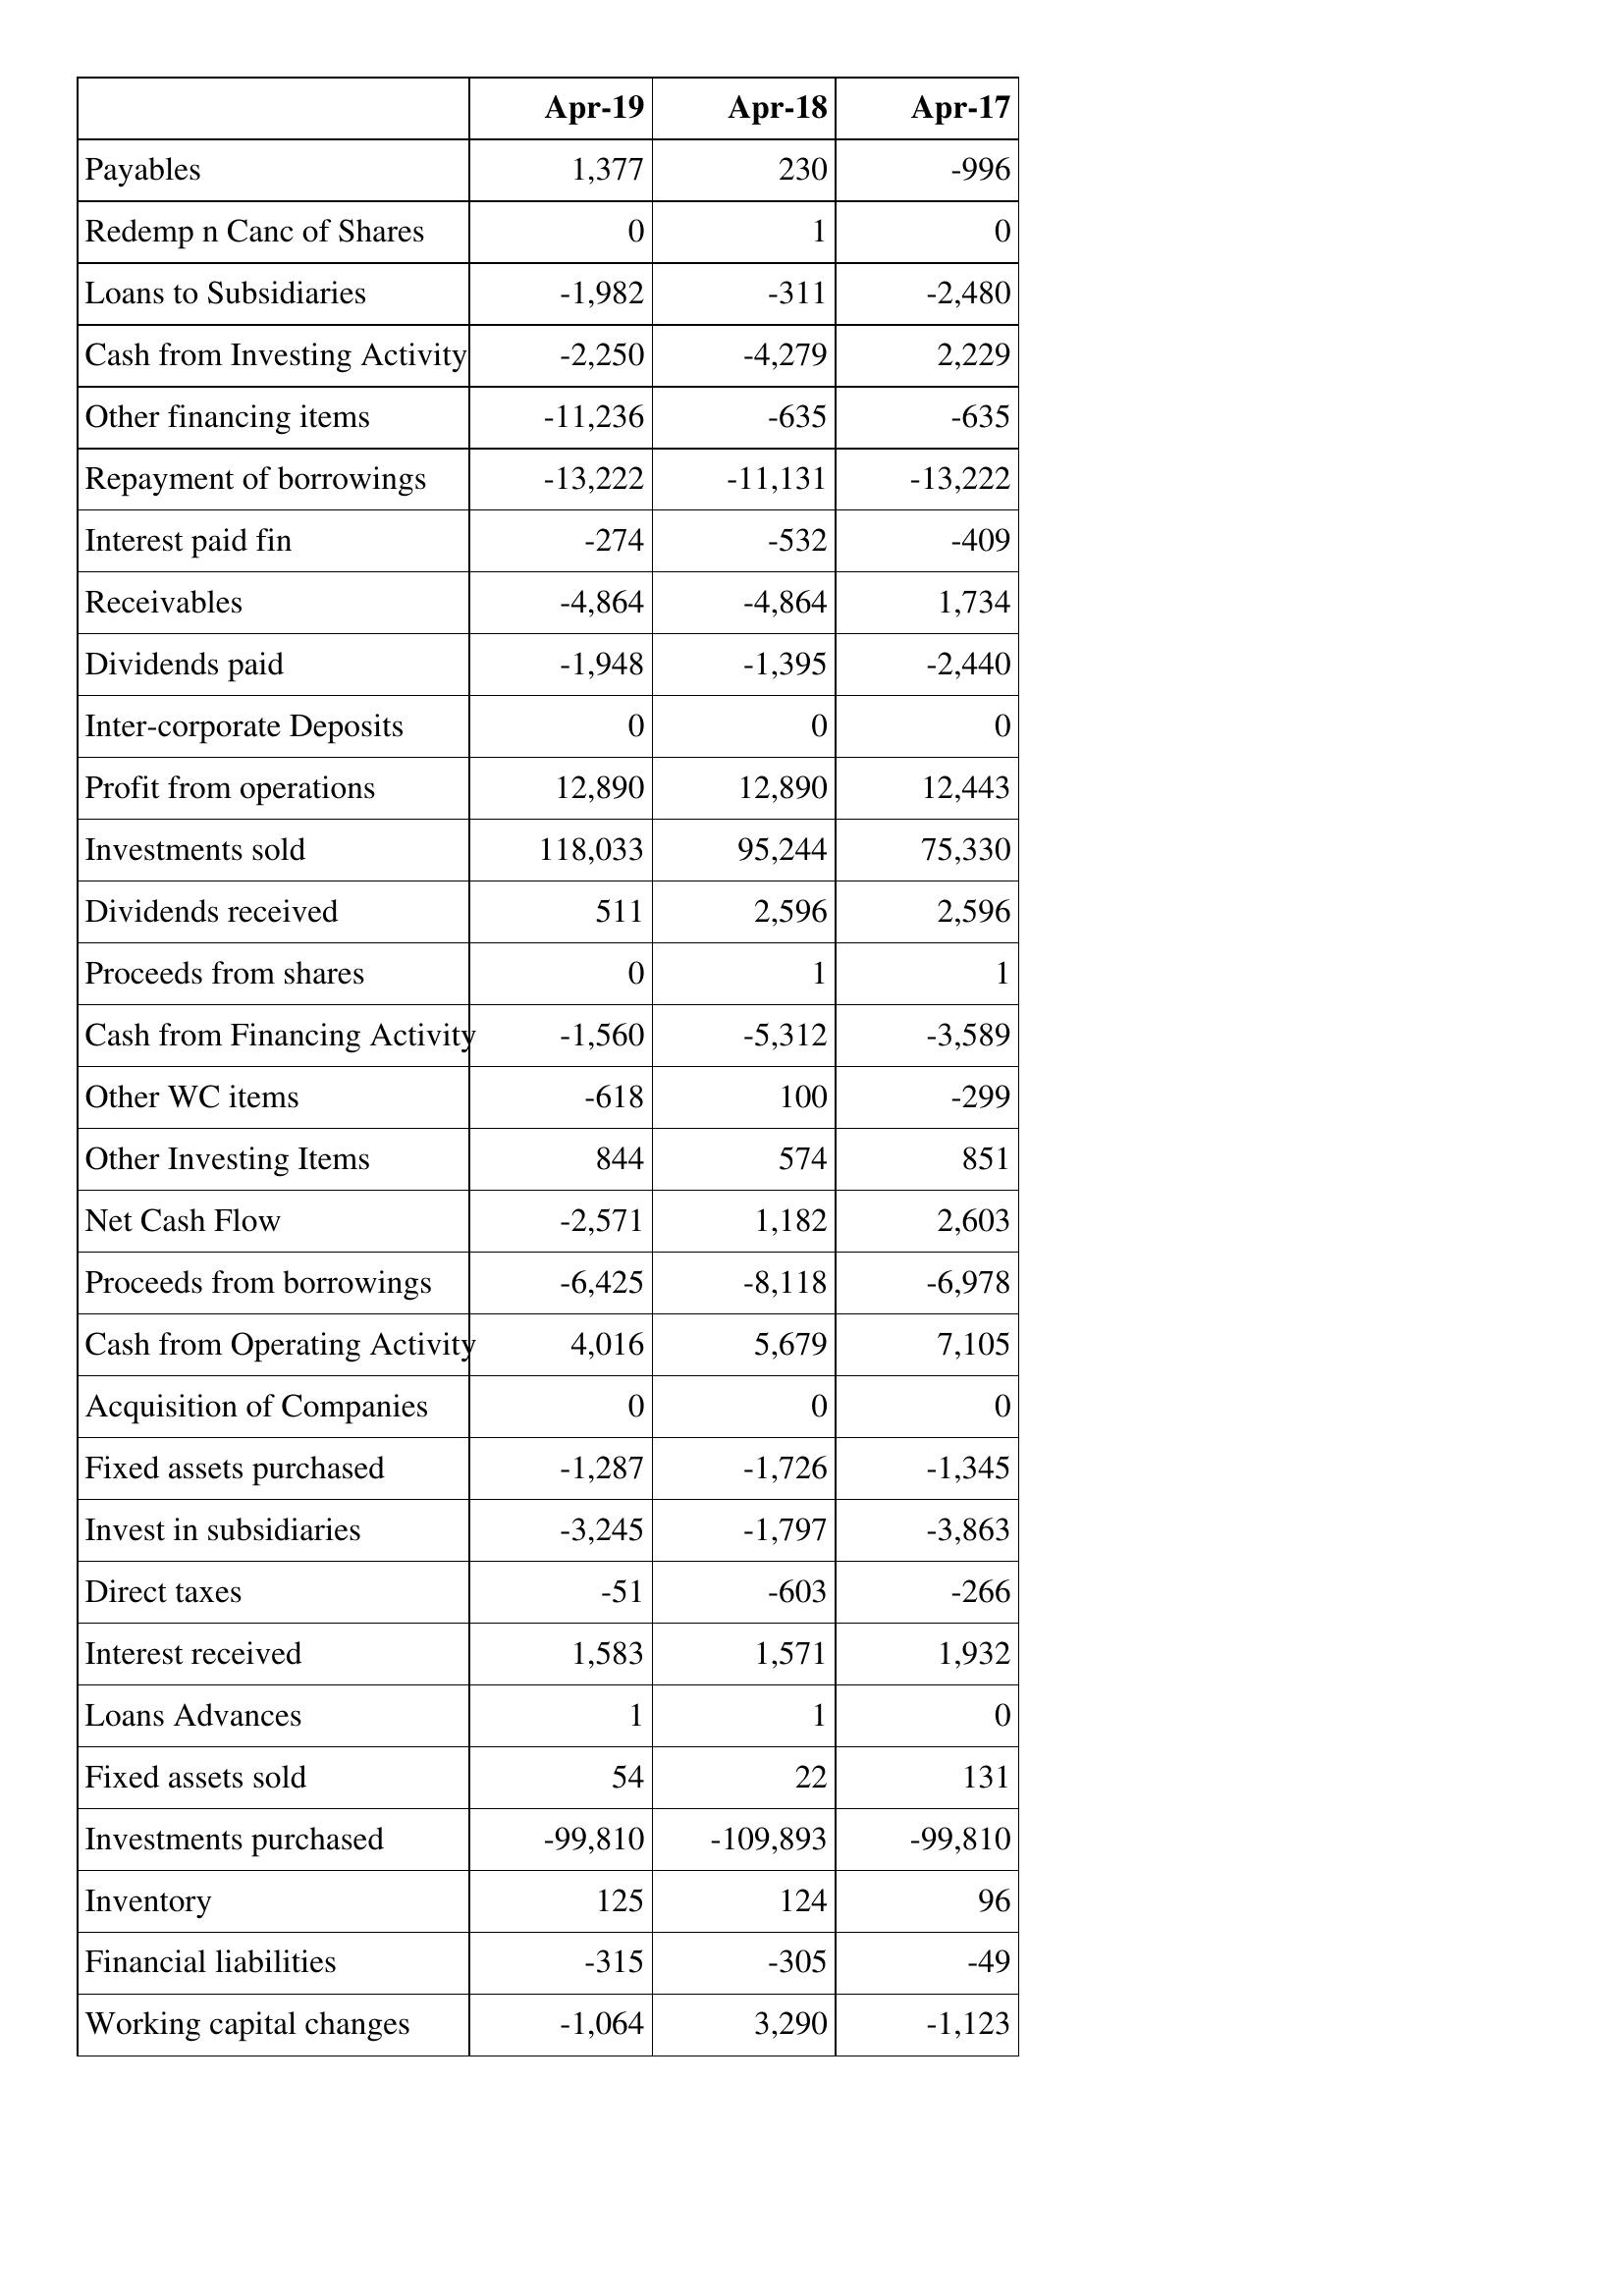
Apr-19: Cash Flows: Payables: 1,377
Redemp n Canc of Shares: 0
Loans to Subsidiaries: -1,982
Cash from Investing Activity: -2,250
Other financing items: -11,236
Repayment of borrowings: -13,222
Interest paid fin: -274
Receivables: -4,864
Dividends paid: -1,948
Inter-corporate Deposits: 0
Profit from operations: 12,890
Investments sold: 118,033
Dividends received: 511
Proceeds from shares: 0
Cash from Financing Activity: -1,560
Other WC items: -618
Other Investing Items: 844
Net Cash Flow: -2,571
Proceeds from borrowings: -6,425
Cash from Operating Activity: 4,016
Acquisition of Companies: 0
Fixed assets purchased: -1,287
Invest in subsidiaries: -3,245
Direct taxes: -51
Interest received: 1,583
Loans Advances: 1
Fixed assets sold: 54
Investments purchased: -99,810
Inventory: 125
Financial liabilities: -315
Working capital changes: -1,064
Apr-18: Cash Flows: Payables: 230
Redemp n Canc of Shares: 1
Loans to Subsidiaries: -311
Cash from Investing Activity: -4,279
Other financing items: -635
Repayment of borrowings: -11,131
Interest paid fin: -532
Receivables: -4,864
Dividends paid: -1,395
Inter-corporate Deposits: 0
Profit from operations: 12,890
Investments sold: 95,244
Dividends received: 2,596
Proceeds from shares: 1
Cash from Financing Activity: -5,312
Other WC items: 100
Other Investing Items: 574
Net Cash Flow: 1,182
Proceeds from borrowings: -8,118
Cash from Operating Activity: 5,679
Acquisition of Companies: 0
Fixed assets purchased: -1,726
Invest in subsidiaries: -1,797
Direct taxes: -603
Interest received: 1,571
Loans Advances: 1
Fixed assets sold: 22
Investments purchased: -109,893
Inventory: 124
Financial liabilities: -305
Working capital changes: 3,290
Apr-17: Cash Flows: Payables: -996
Redemp n Canc of Shares: 0
Loans to Subsidiaries: -2,480
Cash from Investing Activity: 2,229
Other financing items: -635
Repayment of borrowings: -13,222
Interest paid fin: -409
Receivables: 1,734
Dividends paid: -2,440
Inter-corporate Deposits: 0
Profit from operations: 12,443
Investments sold: 75,330
Dividends received: 2,596
Proceeds from shares: 1
Cash from Financing Activity: -3,589
Other WC items: -299
Other Investing Items: 851
Net Cash Flow: 2,603
Proceeds from borrowings: -6,978
Cash from Operating Activity: 7,105
Acquisition of Companies: 0
Fixed assets purchased: -1,345
Invest in subsidiaries: -3,863
Direct taxes: -266
Interest received: 1,932
Loans Advances: 0
Fixed assets sold: 131
Investments purchased: -99,810
Inventory: 96
Financial liabilities: -49
Working capital changes: -1,123